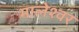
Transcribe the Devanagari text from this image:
मालेश्वर